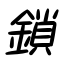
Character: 鎖